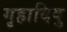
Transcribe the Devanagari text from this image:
गृहादिषु